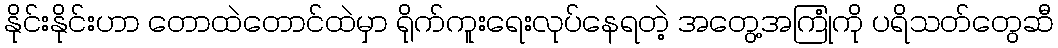
နိုင်းနိုင်းဟာ တောထဲတောင်ထဲမှာ ရိုက်ကူးရေးလုပ်နေရတဲ့ အတွေ့အကြုံကို ပရိသတ်တွေဆီ